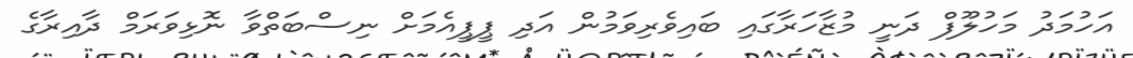
އަހުމަދު މަހުލޫފް ދަނީ މުޒާހަރާގައި ބައިވެރިވަމުން އަދި ޕީޕީއެމަށް ނިސްބަތްވާ ނޮޅިވަރަމް ދާއިރާގެ